system: You are a helpful assistant.
user:
Analyze the provided spectrum to determine if it is a **Carbon Star (C-type)**.

- **Key Visual Indicators of Carbon Star:**
    - **(Primary):** Strong molecular absorption from **C₂ (diatomic carbon) "Swan Bands."** This is the **defining feature** of a carbon star.
        - **(Key Bandheads):** Sharp absorption edges are visible at approximately $5635$ Å, $5165$ Å (the strongest band), and $4737$ Å.
        - **(Line Profile):** Creates a distinct **"saw-tooth"** pattern. The key morphology is a sharp, steep bandhead on the **red (long-wavelength) side**, which then gradually tapers off (i.e., flux recovers) towards the **blue (short-wavelength) side**. *(This is the direct opposite of the TiO bands seen in M-type stars)*.

    - **(Secondary):** Intense **CN (cyanogen)** molecular absorption bands.
        - **(Key Bandheads):** Located in the blue and violet regions of the spectrum (e.g., near $4215$ Å and $3883$ Å).
        - **(Morphology):** These bands are extremely broad and act as a "blanket," absorbing the vast majority of blue and violet light. This creates a characteristic **"cliff"** or **"steep drop-off"** in the spectrum's flux at short wavelengths.

    - **(Key Confirmation):** Strong **CH absorption band (G-band)**.
        - **(Key Bandhead):** Located around $4300$ Å. The contribution from CH molecules to this band is exceptionally strong.

    - **(Overall Spectrum):**
        - The continuum is severely "chopped up" by these deep molecular bands, especially C₂, rather than appearing as a smooth curve.
        - Due to the heavy CN and C₂ absorption in the blue-green, the vast majority of the star's flux is concentrated in the red part of the spectrum, giving the star its characteristic deep red color.

Think first, call **spectral_visualization_tool** if needed to examine features in detail, then provide your final answer. Your response must adhere to the following strict rules:
1.  **Overall Structure:** Your response must follow the format `<think>...</think> <tool_call>...</tool_call> (if a tool is used) <answer>...</answer>`.
2.  **Tool Usage Constraint:** You may only make **one** tool call per turn.
3.  **Final Answer Format:** In the `<answer>` tag, your conclusion must be inside a `\boxed{}` command (e.g., `\boxed{YES}`), followed by your justification.

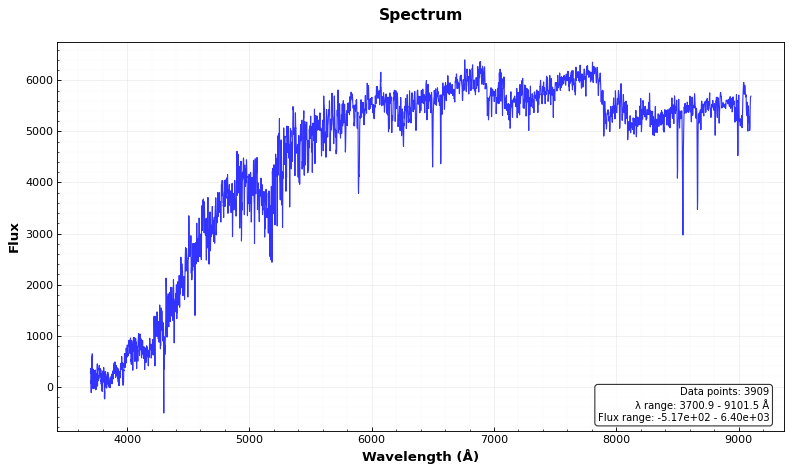
Answer: NO